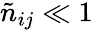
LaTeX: \tilde{n}_{ij}\ll 1